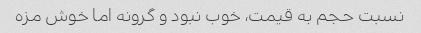
نسبت حجم به قیمت، خوب نبود و گرونه اما خوش مزه